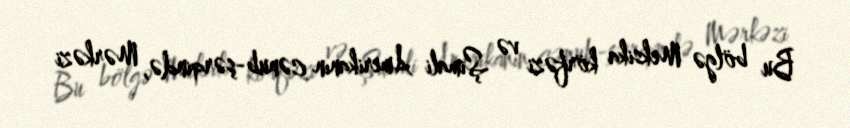
Bu bölgə Meksika körfəzi və Şimali Amerikanın cənub-şərqində, Mərkəzi